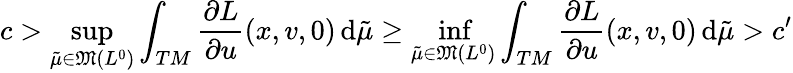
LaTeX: c>\operatorname*{sup}_{\tilde{\mu}\in\mathfrak{M}({L^{0}})}\int_{TM}\frac{\partial L}{\partial u}(x,v,0)\, \mathrm{d}\tilde{\mu}\geq\operatorname*{inf}_{\tilde{\mu}\in\mathfrak{M}({L^{0}})}\int_{TM}\frac{\partial L}{\partial u}(x,v,0)\, \mathrm{d}\tilde{\mu}>c^{\prime}